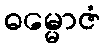
ဓမ္မောဇံ